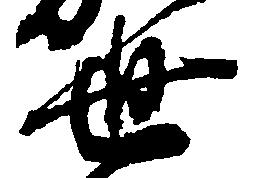
世